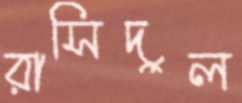
রাসিদুল